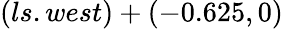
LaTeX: (ls.west)+(-0.625,0)